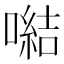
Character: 𪢍